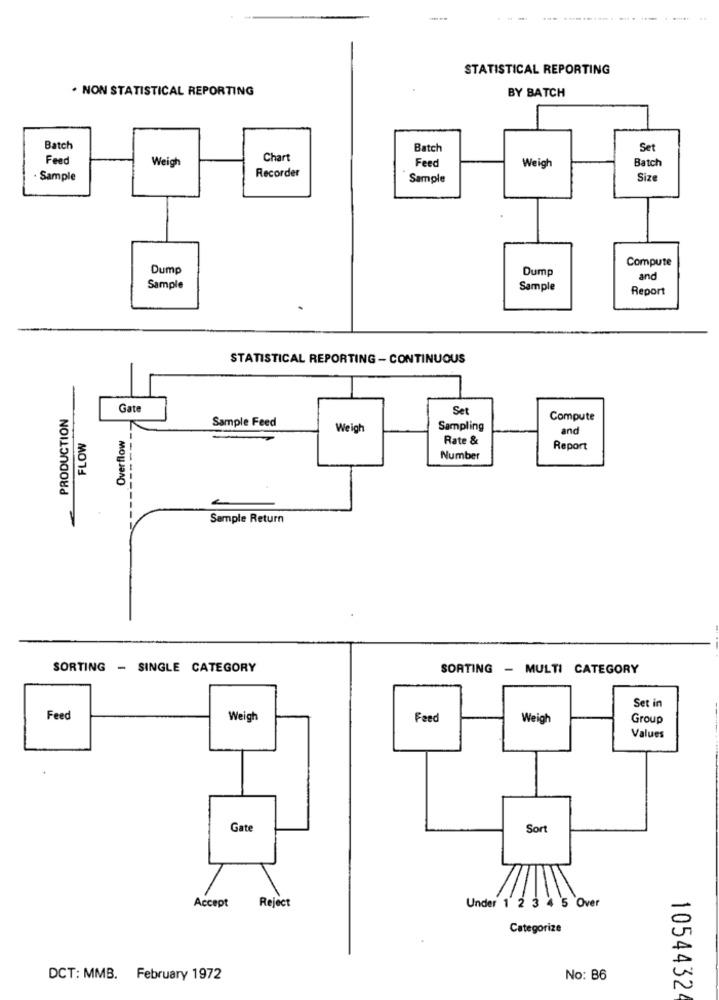
....
STATISTICAL REPORTING
. NON STATISTICAL REPORTING
BY BATCH
Batch
Batch
Set
Feed
Weigh
Chart
Feed
Batch
Recorder
Weigh
. Sample
Sample
Size
Compute
Dump
Dump
and
Sample
Sample
Report
STATISTICAL REPORTING - CONTINUOUS
PRODUCTION
Gate
Set
Sample Feed
Compute
Weigh
Sampling
and
FLOW
Overflow
Rate &
Report
Number
------
Sample Return
SORTING - SINGLE CATEGORY
SORTING - MULTI CATEGORY
Set in
Feed
Weigh
Feed
Weigh
Group
Values
Gate
Sort
Accept
Reject
Under 1 2 3 4 5 Over
Categorize
DCT: MMB. February 1972
No: B6
1054432